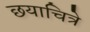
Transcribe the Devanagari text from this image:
छयाचित्रे